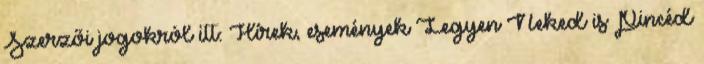
Szerzői jogokról itt: Hírek, események Legyen Neked is Pincéd